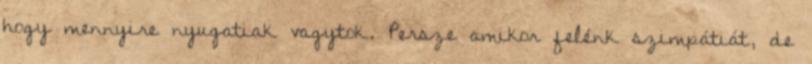
hogy mennyire nyugatiak vagytok. Persze amikor felénk szimpátiát, de